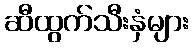
ဆီထွက်သီးနှံများ